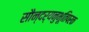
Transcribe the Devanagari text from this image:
सौन्दर्यनुभूतिपरक